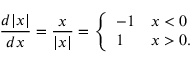
{ \frac { d | x | } { d x } } = { \frac { x } { | x | } } = { \left\{ \begin{array} { l l } { - 1 } & { x < 0 } \\ { 1 } & { x > 0 . } \end{array} \right. }